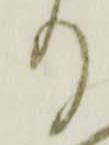
り